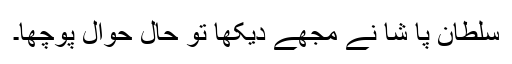
سلطان پا شا نے مجھے دیکھا تو حال حوال پوچھا۔